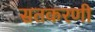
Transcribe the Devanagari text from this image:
सतकरणी